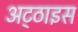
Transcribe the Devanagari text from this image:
अट्‌ठाइस